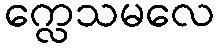
က္လေသမလေ